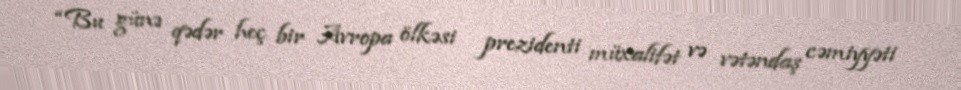
“Bu günə qədər heç bir Avropa ölkəsi prezidenti müxalifət və vətəndaş cəmiyyəti